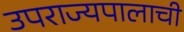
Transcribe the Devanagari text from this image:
उपराज्यपालाची